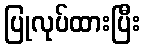
ပြုလုပ်ထားပြီး